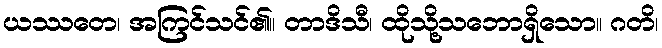
ယဿတေ၊ အကြင်သင်၏။ တာဒိသီ၊ ထိုသို့သဘောရှိသော။ ဂတိ၊